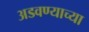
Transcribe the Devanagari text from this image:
अडवण्याच्या